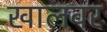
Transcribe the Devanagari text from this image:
खालवर